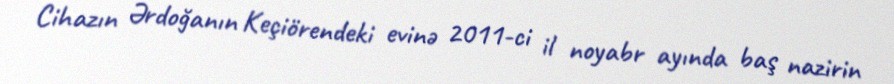
Cihazın Ərdoğanın Keçiörendeki evinə 2011-ci il noyabr ayında baş nazirin